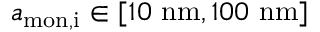
a _ { \mathrm { m o n , i } } \in [ 1 0 \ \mathrm { n m } , 1 0 0 \ \mathrm { n m } ]